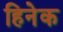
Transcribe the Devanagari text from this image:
हिनेक